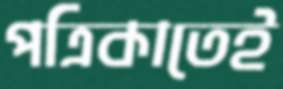
পত্রিকাতেই